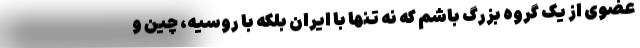
عضوی از یک گروه بزرگ باشم که نه تنها با ایران بلکه با روسیه، چین و